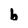
Character: b